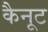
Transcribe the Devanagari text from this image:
कैनूट